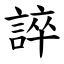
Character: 誶